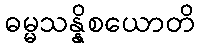
ဓမ္မသန္နိစယောတိ